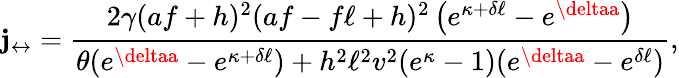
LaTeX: \mathbf{j}_{\leftrightarrow}=\frac{{2\gamma(af+h)^{2}(af-f\ell+h)^{2}\left(e^{\kappa+\delta\ell}-e^{\deltaa}\right)}}{{\theta(e^{\deltaa}-e^{\kappa+\delta\ell})+h^{2}\ell^{2}v^{2}(e^{\kappa}-1)(e^{\deltaa}-e^{\delta\ell})}},